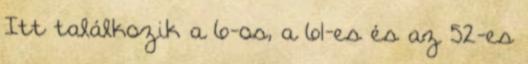
Itt találkozik a 6-os, a 61-es és az 52-es